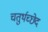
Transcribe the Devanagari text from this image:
चतुर्थच्छेद